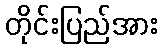
တိုင်းပြည်အား